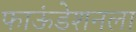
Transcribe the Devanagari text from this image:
फाऊंडेशनला